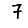
Digit: 7